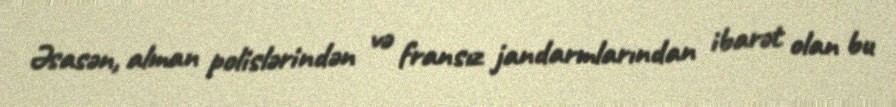
Əsasən, alman polislərindən və fransız jandarmlarından ibarət olan bu